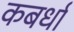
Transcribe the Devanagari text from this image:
कबर्धा